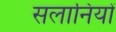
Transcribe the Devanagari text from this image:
सलानियों